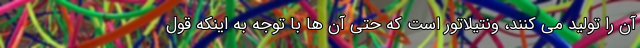
آن را تولید می کنند، ونتیلاتور است که حتی آن ها با توجه به اینکه قول